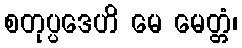
စတုပ္ပဒေဟိ မေ မေတ္တံ၊